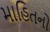
માહિતનો